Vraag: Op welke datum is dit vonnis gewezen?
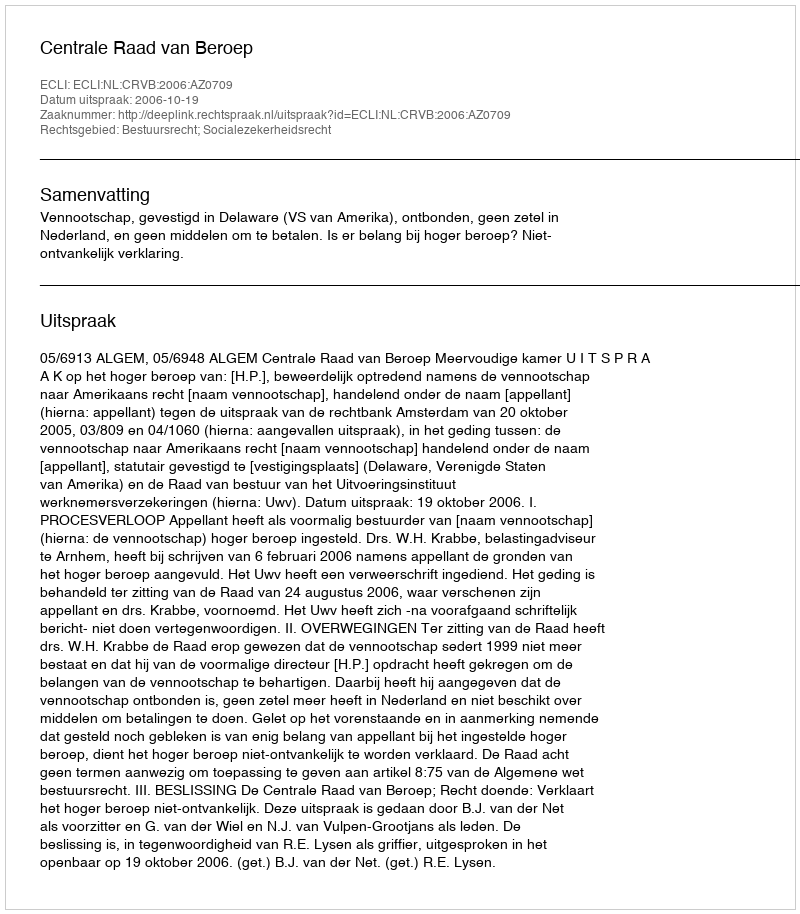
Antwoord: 2006-10-19